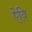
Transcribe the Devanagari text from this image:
ऐवि